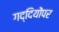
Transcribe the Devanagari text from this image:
गद्दियोंपर